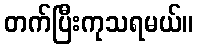
တက်ပြီးကုသရမယ်။